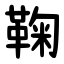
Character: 鞠